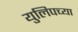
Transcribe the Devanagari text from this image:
युलिपच्या